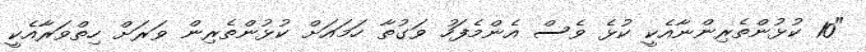
"10 ކުޅުންތެރިންނާއެކީ ކުޅެ ވެސް އެންމެފަހު ވަގުތާ ހަމައަށް ކުޅުންތެރިން ވަރަށް ހިތްވަރާއެކީ